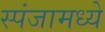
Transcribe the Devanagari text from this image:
स्पंजामध्ये